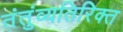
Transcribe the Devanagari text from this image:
तंतुंव्यतिरिक्त